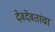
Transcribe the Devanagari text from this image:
देवदेवतांचा